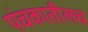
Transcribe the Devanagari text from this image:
पंचकातीलच